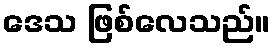
ဒေသ ဖြစ်လေသည်။